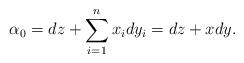
LaTeX: \begin{align*}\alpha_0=dz+\sum_{i=1}^n x_idy_i = dz+x dy.\end{align*}